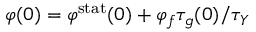
\varphi ( 0 ) = \varphi ^ { \mathrm { s t a t } } ( 0 ) + \varphi _ { f } \tau _ { g } ( 0 ) / \tau _ { Y }